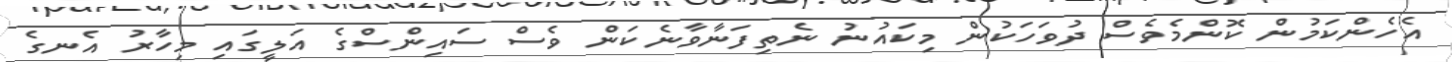
އެހެންކަމުން ކޮންމެވެސް ދުވަހަކުން މިކައުނު ނެތިފަނާވާނެކަން ވެސް ސައިންސްގެ އަލީގައި މިހާރު އެނގެ